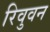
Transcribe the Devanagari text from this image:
रिवुवन